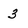
Character: 3